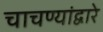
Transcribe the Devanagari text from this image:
चाचण्यांद्वारे